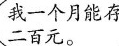
我一个月能存 二百元。